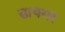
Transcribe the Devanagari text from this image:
डायगर